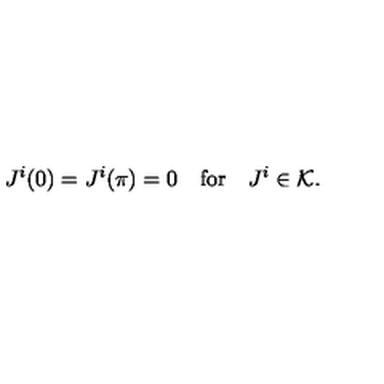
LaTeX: J ^ { i } ( 0 ) = J ^ { i } ( \pi ) = 0 \quad \mathrm { f o r } \quad J ^ { i } \in { \cal K } .